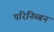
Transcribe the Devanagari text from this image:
परिनिब्बन